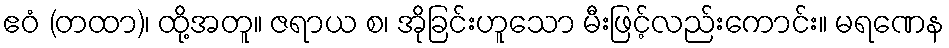
ဧဝံ (တထာ)၊ ထို့အတူ။ ဇရာယ စ၊ အိုခြင်းဟူသော မီးဖြင့်လည်းကောင်း။ မရဏေန